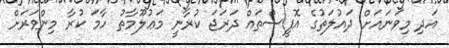
އަދި މިވަނައަށް ދައުލަތުގެ އޮފީސްތައް ދަރަޖަ ކުރާނީ މަޢުލޫމާތު ހާމަ ކުރާ މިންވަރަށް